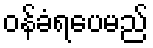
ဝန်ခံရပေမည်